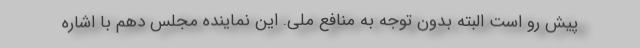
پیش رو است البته بدون توجه به منافع ملی. این نماینده مجلس دهم با اشاره